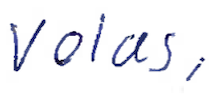
Text: Volans,
Cross-out: clean
Writing tool: ballpoint